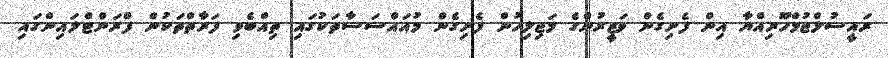
ރައީސުލްޖުމްހޫރިއްޔާ އިން ފެށިގެން ވަޒީރުންގެ މަޖިލިހުން ފެށިގެން މުއައްސަސާތަކުގައި ތިއްބެވި ފަރާތްތަކުން ފްރަންޓްލައިންގައި